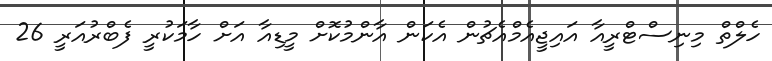
ހެލްތް މިނިސްޓްރީއާ އައިޖީއެމްއެޗުން އެކަން އާންމުކޮށް މީޑިއާ އަށް ހާމަކުރީ ފެބްރުއަރީ 26